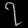
Digit: ၇